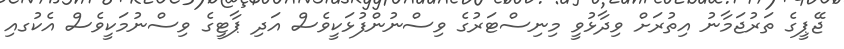
ޖޭޕީގެ ތަރުޖަމާނު އިތުރަށް ވިދާޅުވީ މިނިސްޓަރުގެ ވިސްނުންފުޅަކީވެސް އަދި ޕާޓީގެ ވިސްނުމަކީވެސް އެކުގއި